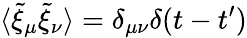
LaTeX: \langle\tilde{\xi}_{\mu}\tilde{\xi}_{\nu}\rangle=\delta_{\mu\nu}\delta(t-t^{\prime})